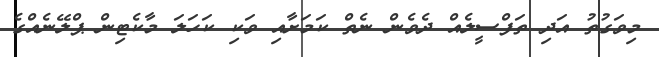
މިވަގުތު އަދި ތަފްސީލެއްް ދެވެން ނެތް ކަމަށާއި ވަކި ކަހަލަ މާކެޓިން ޕްލޭނެއްގެ